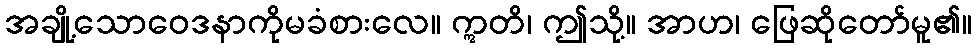
အချို့သောဝေဒနာကိုမခံစားလေ။ ဣတိ၊ ဤသို့။ အာဟ၊ ဖြေဆိုတော်မူ၏။